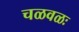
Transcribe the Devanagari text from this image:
चळवळः